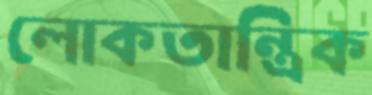
লোকতান্ত্রিক